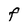
Character: F